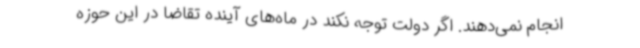
انجام نمی‌دهند. اگر دولت توجه نکند در ماه‌های آینده تقاضا در این حوزه